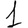
Digit: 1